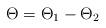
LaTeX: \begin{align*}\Theta=\Theta_1-\Theta_2\end{align*}